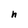
Character: h